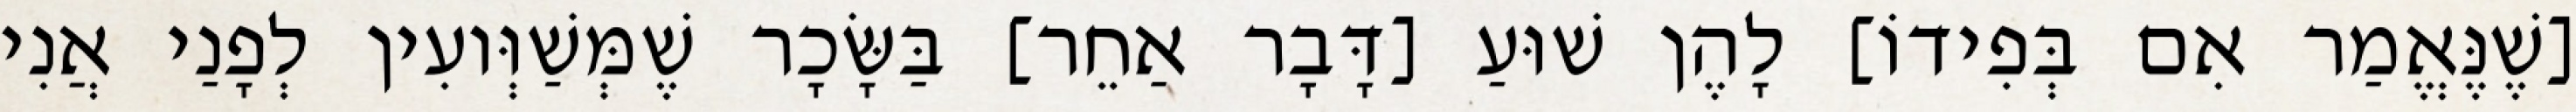
[שֶׁנֶּאֱמַר אִם בְּפִידוֹ] לָהֶן שׁוּעַ [דָּבָר אַחֵר] בַּשָּׂכָר שֶׁמְּשַׁוְּועִין לְפָנַי אֲנִי